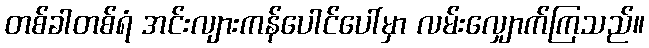
တစ်ခါတစ်ရံ အင်းလျားကန်ပေါင်ပေါ်မှာ လမ်းလျှောက်ကြသည်။